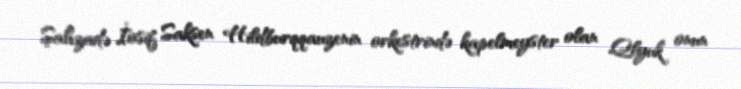
Şahzadə İosif Saksen Hildburqqauzenin orkestrində kapelmeyster olan Qlyuk onun